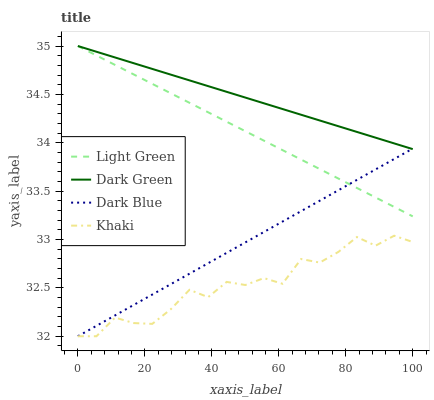
| xaxis_label | Light Green | Dark Green | Dark Blue | Khaki |
 | --- | --- | --- | --- | --- |
 | 0 | 35 | 35 | 32 | 32 |
 | 5.56 | 34.9 | 34.9 | 32.1 | 32 |
 | 11.1 | 34.8 | 34.9 | 32.2 | 32.2 |
 | 16.7 | 34.7 | 34.8 | 32.3 | 32.1 |
 | 22.2 | 34.6 | 34.8 | 32.4 | 32.1 |
 | 27.8 | 34.5 | 34.7 | 32.5 | 32.3 |
 | 33.3 | 34.4 | 34.6 | 32.6 | 32.5 |
 | 38.9 | 34.3 | 34.6 | 32.8 | 32.4 |
 | 44.4 | 34.2 | 34.5 | 32.9 | 32.6 |
 | 50 | 34.1 | 34.5 | 33 | 32.5 |
 | 55.6 | 34 | 34.4 | 33.1 | 32.6 |
 | 61.1 | 33.9 | 34.3 | 33.2 | 32.5 |
 | 66.7 | 33.8 | 34.3 | 33.3 | 32.8 |
 | 72.2 | 33.7 | 34.2 | 33.4 | 32.8 |
 | 77.8 | 33.6 | 34.2 | 33.5 | 32.9 |
 | 83.3 | 33.5 | 34.1 | 33.6 | 33 |
 | 88.9 | 33.4 | 34.1 | 33.7 | 32.9 |
 | 94.4 | 33.3 | 34 | 33.8 | 33 |
 | 100 | 33.2 | 33.9 | 33.9 | 33 |